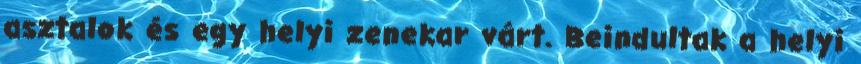
asztalok és egy helyi zenekar várt. Beindultak a helyi